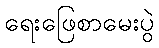
ရေးဖြေစာမေးပွဲ